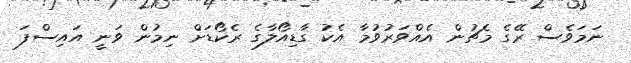
ނަމަވެސް ރޭގެ މެޗުން އެއްވަރުވުމާ އެކު ގާޑިއޯލާގެ ރެކޯޑަށް ނިމުން ވަނީ އައިސްފަ